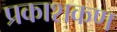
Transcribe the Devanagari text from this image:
प्रकाशकण